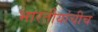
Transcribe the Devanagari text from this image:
भारतीयांचीच